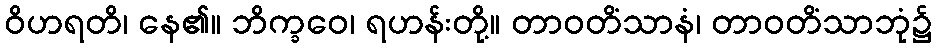
ဝိဟရတိ၊ နေ၏။ ဘိက္ခဝေ၊ ရဟန်းတို့။ တာဝတိံသာနံ၊ တာဝတိံသာဘုံ၌